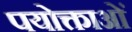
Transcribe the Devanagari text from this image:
पयोक्ताओं